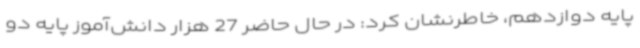
پایه دوازدهم، خاطرنشان کرد: در حال حاضر 27 هزار دانش‌آموز پایه دو